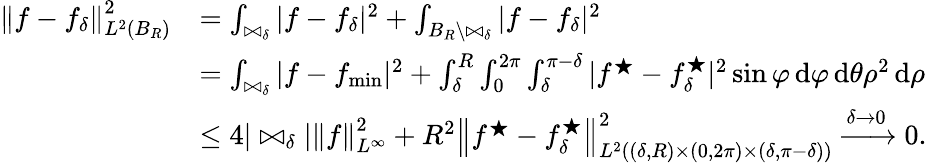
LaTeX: \begin{array}{rl}{\left\| f-f_{\delta}\right\| _{L^{2}(B_{R})}^{2}}&{=\int_{\bowtie_{\delta}}|f-f_{\delta}|^{2}+\int_{B_{R}\setminus\bowtie_{\delta}}|f-f_{\delta}|^{2}}\\ &{=\int_{\bowtie_{\delta}}|f-f_{\operatorname*{min}}|^{2}+\int_{\delta}^{R}\int_{0}^{2\pi}\int_{\delta}^{\pi-\delta}|f^{\bigstar}-f_{\delta}^{\bigstar}|^{2}\sin\varphi\, \mathrm{d}\varphi\, \mathrm{d}\theta\rho^{2}\, \mathrm{d}\rho}\\ &{\le 4|\bowtie_{\delta}|\left\| f\right\| _{L^{\infty}}^{2}+R^{2}\left\| f^{\bigstar}-f_{\delta}^{\bigstar}\right\| _{L^{2}((\delta,R)\times(0,2\pi)\times(\delta,\pi-\delta))}^{2}\xrightarrow{\delta\to 0}0.}\end{array}